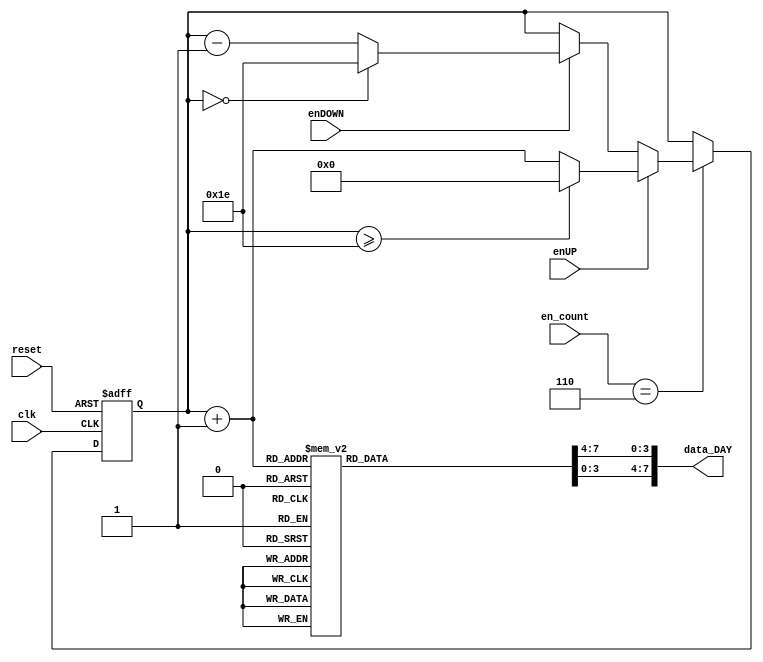
`timescale 1ns / 1ps
//////////////////////////////////////////////////////////////////////////////////
// Company: 
// 
// Design Name: 
// Module Name:    contador_AD_DAY_2dig 
// Project Name: 
// Target Devices: 
// Tool versions: 
// Description: 
//
// Dependencies: 
//
// Revision: 
// Revision 0.01 - File Created
// Additional Comments: 
//
//////////////////////////////////////////////////////////////////////////////////
module contador_AD_DAY_2dig
(
input wire clk,
input wire reset,
input wire [3:0] en_count,
input wire enUP,
input wire enDOWN,
output wire [7:0] data_DAY
);

localparam N = 5; // Para definir el nmero de bits del contador (hasta 31->5 bits)
//Declaracin de seales
reg [N-1:0] q_act, q_next;
wire [N-1:0] count_data;
reg [3:0] digit1, digit0;

//Descripcin del comportamiento
always@(posedge clk, posedge reset)
begin	
	
	if(reset)
	begin
		q_act <= 5'b0;
	end
	
	else
	begin
		q_act <= q_next;
	end
end


//Lgica de salida
always@*
begin

	if (en_count == 6)
	begin
		if (enUP)
		begin
			if (q_act >= 5'd30) q_next = 5'd0;
			else q_next = q_act + 5'd1;
		end
		
		else if (enDOWN)
		begin
			if (q_act == 5'd0) q_next = 5'd30;
			else q_next = q_act - 5'd1;
		end
		else q_next = q_act;
	end
	else q_next = q_act;
	
end

assign count_data = q_act + 5'b1;//Suma 1 a todas las cuentas de 0->30 a 1->31

//Decodificaci?n BCD (2 d?gitos)

always@*
begin
case(count_data)

5'd1: begin digit1 = 4'b0000; digit0 = 4'b0001; end
5'd2: begin digit1 = 4'b0000; digit0 = 4'b0010; end
5'd3: begin digit1 = 4'b0000; digit0 = 4'b0011; end
5'd4: begin digit1 = 4'b0000; digit0 = 4'b0100; end
5'd5: begin digit1 = 4'b0000; digit0 = 4'b0101; end
5'd6: begin digit1 = 4'b0000; digit0 = 4'b0110; end
5'd7: begin digit1 = 4'b0000; digit0 = 4'b0111; end
5'd8: begin digit1 = 4'b0000; digit0 = 4'b1000; end
5'd9: begin digit1 = 4'b0000; digit0 = 4'b1001; end

5'd10: begin digit1 = 4'b0001; digit0 = 4'b0000; end
5'd11: begin digit1 = 4'b0001; digit0 = 4'b0001; end
5'd12: begin digit1 = 4'b0001; digit0 = 4'b0010; end
5'd13: begin digit1 = 4'b0001; digit0 = 4'b0011; end
5'd14: begin digit1 = 4'b0001; digit0 = 4'b0100; end
5'd15: begin digit1 = 4'b0001; digit0 = 4'b0101; end
5'd16: begin digit1 = 4'b0001; digit0 = 4'b0110; end
5'd17: begin digit1 = 4'b0001; digit0 = 4'b0111; end
5'd18: begin digit1 = 4'b0001; digit0 = 4'b1000; end
5'd19: begin digit1 = 4'b0001; digit0 = 4'b1001; end

5'd20: begin digit1 = 4'b0010; digit0 = 4'b0000; end
5'd21: begin digit1 = 4'b0010; digit0 = 4'b0001; end
5'd22: begin digit1 = 4'b0010; digit0 = 4'b0010; end
5'd23: begin digit1 = 4'b0010; digit0 = 4'b0011; end
5'd24: begin digit1 = 4'b0010; digit0 = 4'b0100; end
5'd25: begin digit1 = 4'b0010; digit0 = 4'b0101; end
5'd26: begin digit1 = 4'b0010; digit0 = 4'b0110; end
5'd27: begin digit1 = 4'b0010; digit0 = 4'b0111; end
5'd28: begin digit1 = 4'b0010; digit0 = 4'b1000; end
5'd29: begin digit1 = 4'b0010; digit0 = 4'b1001; end

5'd30: begin digit1 = 4'b0011; digit0 = 4'b0000; end
5'd31: begin digit1 = 4'b0011; digit0 = 4'b0001; end

default:  begin digit1 = 0; digit0 = 0; end
endcase
end

assign data_DAY = {digit1,digit0};

endmodule